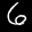
Label: 6